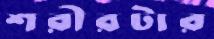
শরীরটার